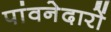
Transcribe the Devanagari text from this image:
पांवनेदारों